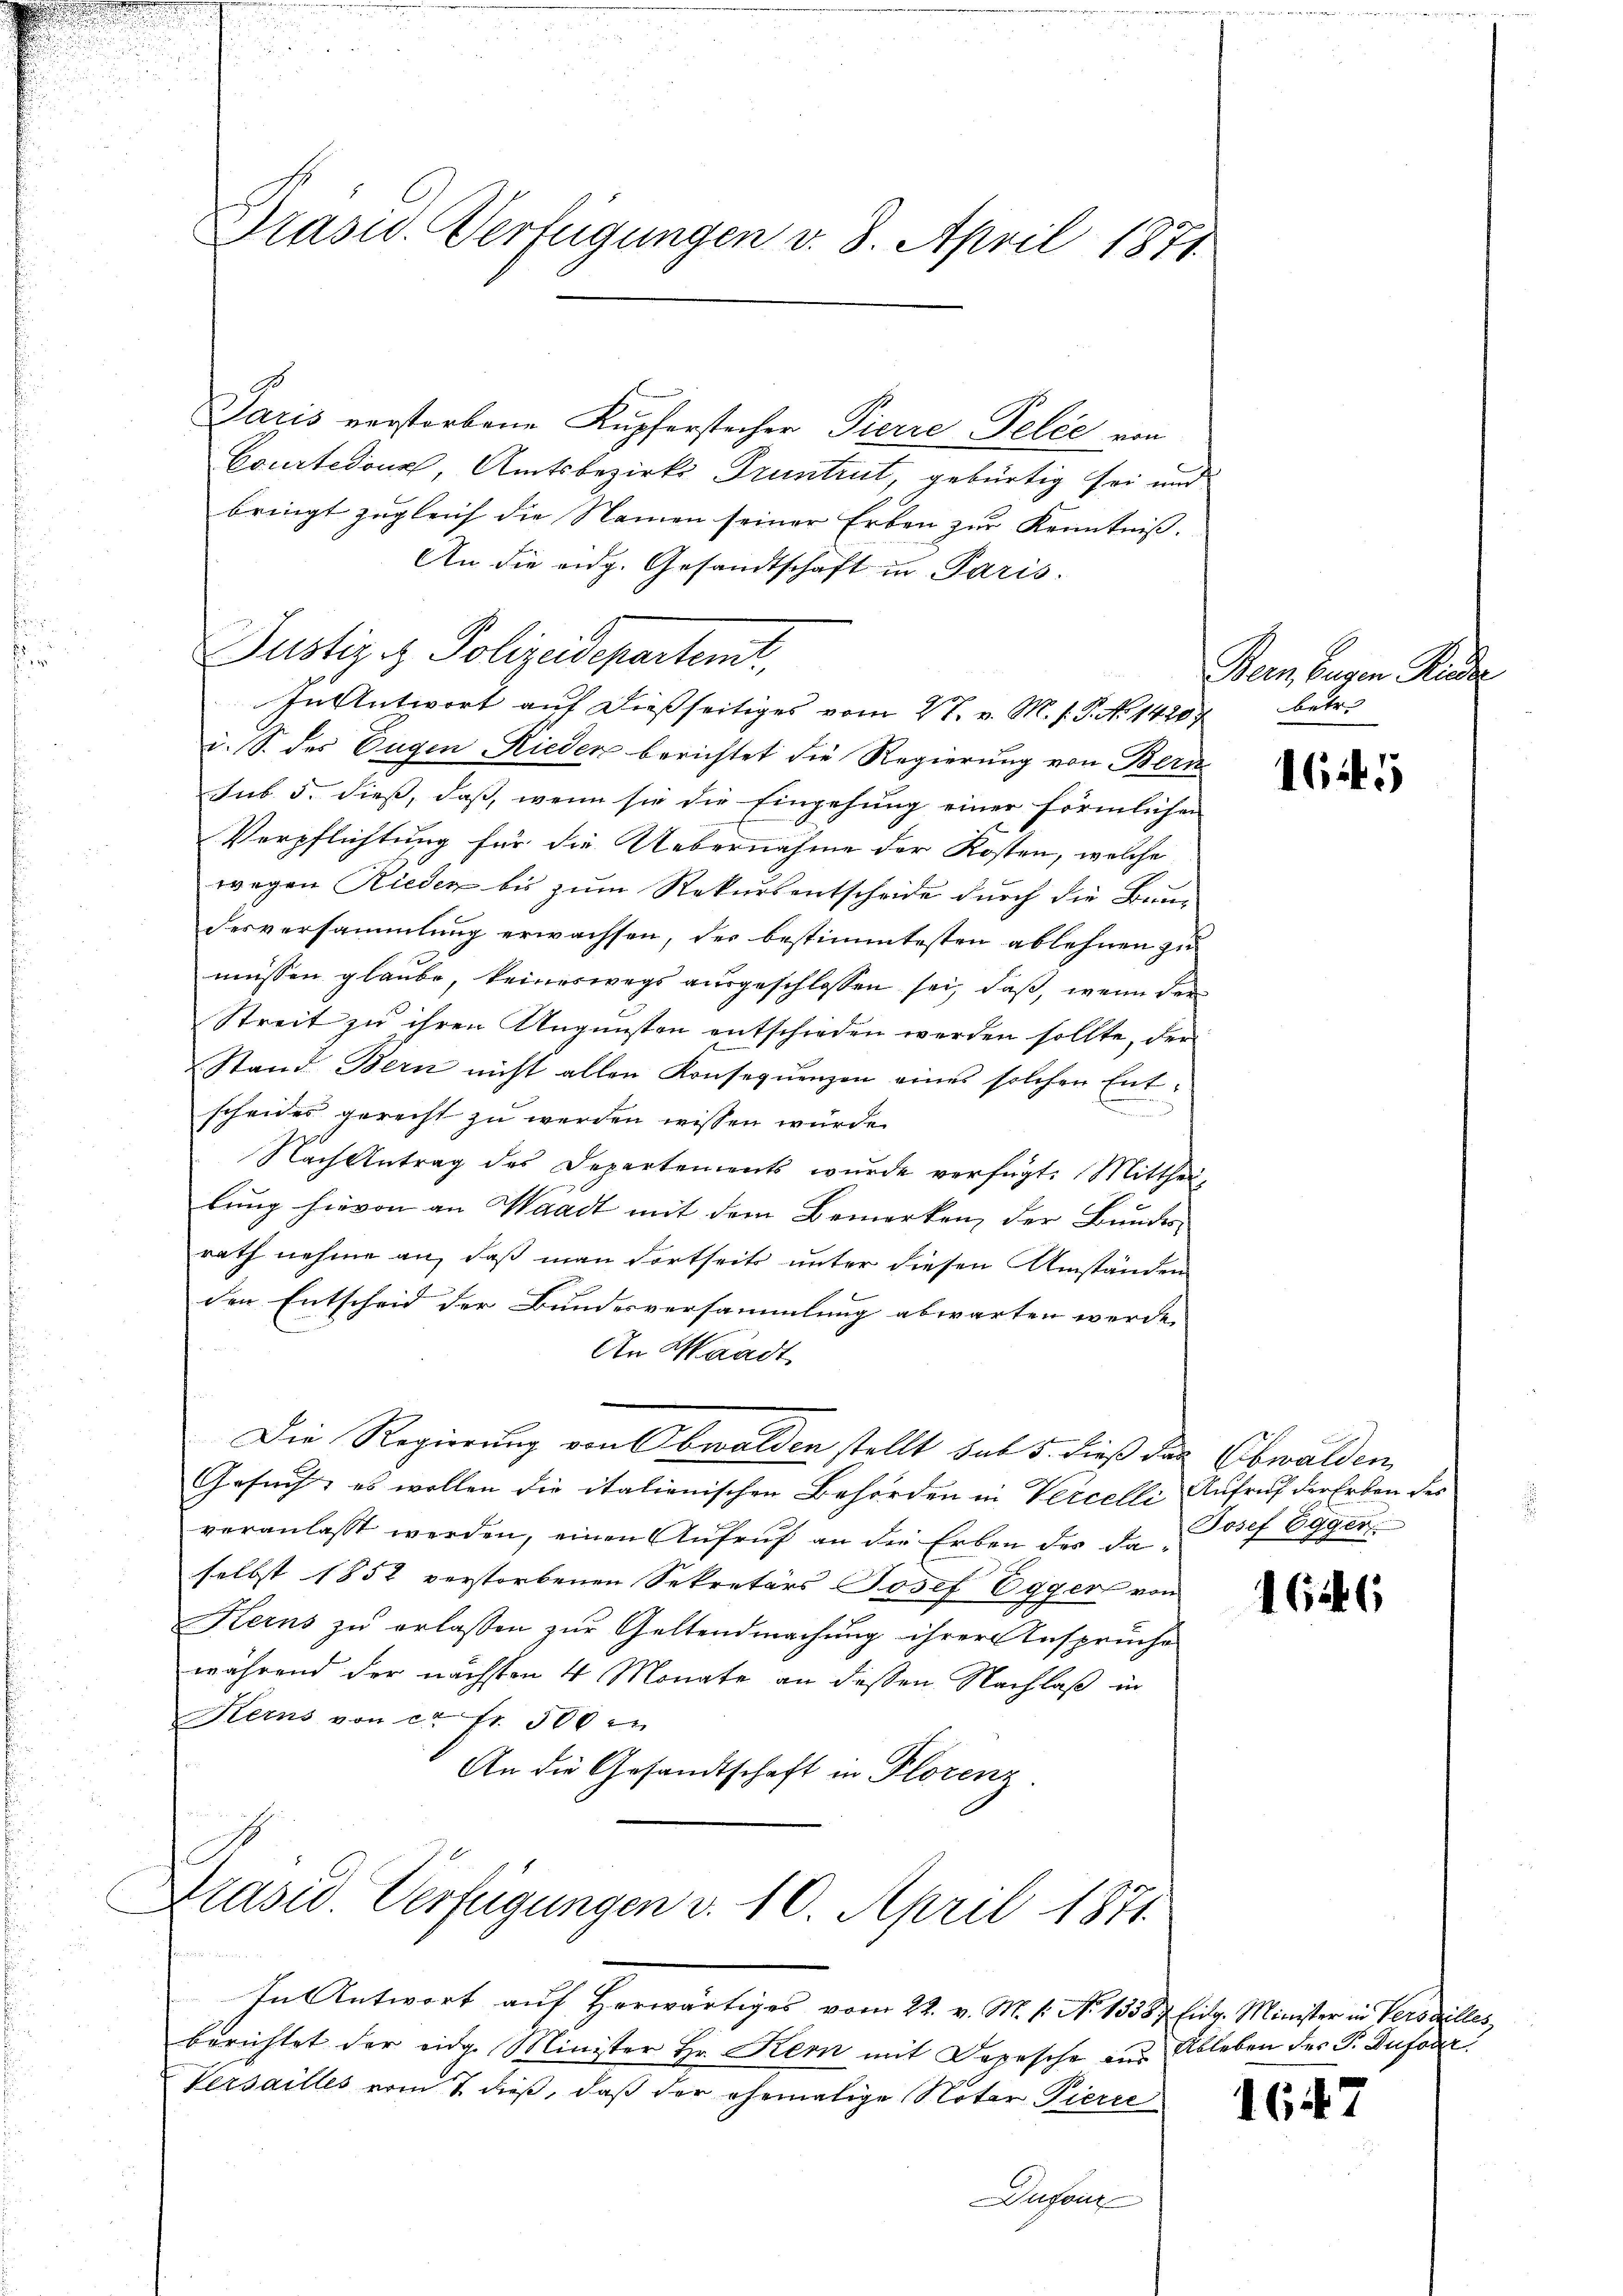
Paris verstorbene Kupferstecher Pierre Pelée von
Courtedour, Amtsbezirks- Pruntrut, gebürtig sei und
bringt zugleich die Namen seiner Erben zur Kenntniß.
An die eidg. Gesandtschaft in Paris.
Justiz & Polizeidepartent,
In Antwort auf dießseitiges vom 27. v. M. s. S. No 14207
i. S. des Eugen Rieder berichtet die Regierung von Bern
sub. 5. dieß, daß, wenn sie die Eingehung einer förmlichen
Verpflichtung für die Uebernahme der Kosten, welche
wegen Rieden bis zum Rekursentscheide durch die Bun-
desversammlung erwachsen, der bestimmtesten ablehnen zu
müssen glaube, keineswegs ausgeschlossen sei, daß, wenn der
Streit zu ihren Ungunsten entschieden werden sollte, der
Stand Bern nicht allen Konsequenzen eines solchen Entscheides gerecht zu werden wissen würde.
Nach Antrag des Departements wurde verfügt: Mittheillung hievon an Waadt mit dem Bemerken, der Bundes-
rath nehme an, daß man dortseits unter diesen Umständen
den Entscheid der Bundesversammlung abwarten werde.
An Waadt
Die Regierung von Obwalden stellt sub 5. dieß das Obwalden
Gesuch, es wollen die italienischen Behörden in Vercelle Aufruf der Erben des
veranlasst werden, einen Aufruf an die Erben des daselbst 1852 verstorbenen Sekretärs Josef Eggers von
Kerns zu erlassen zur Geltendmachung ihrer Ansprüche
während der nächsten 4 Monate an dessen Nachlaß in
Herns von c. fr. 300
An die Gesandtschaft in Florenz

Prasis. Verfügungen v. 8. April 1871.

Präsid. Verfügungen v. 10. April 1871.

In Antwort auf Herwärtiges vom 22. v. M. 1. No 15587 Eidg. Minister in Verseilles
berichtet der eidg. Minister Hr. Kern mit Depesche aus Ableben des P. Dufoder:
Versailles vom 7 dieß, daß der ehemalige Noter Pierre
Dufour

Bei Busen Kinde
betr.

164

Josef Egger

1646

1647